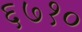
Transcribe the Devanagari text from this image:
६७१०